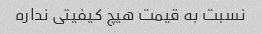
نسبت به قیمت هیچ کیفیتی نداره